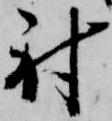
射